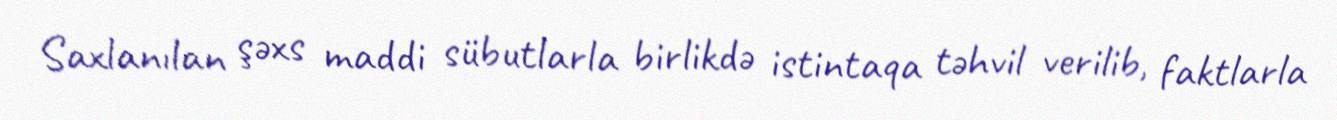
Saxlanılan şəxs maddi sübutlarla birlikdə istintaqa təhvil verilib, faktlarla